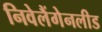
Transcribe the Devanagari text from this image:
निवेलैंगेनलीड